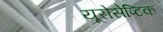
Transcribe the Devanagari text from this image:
यूरोसेप्टिक